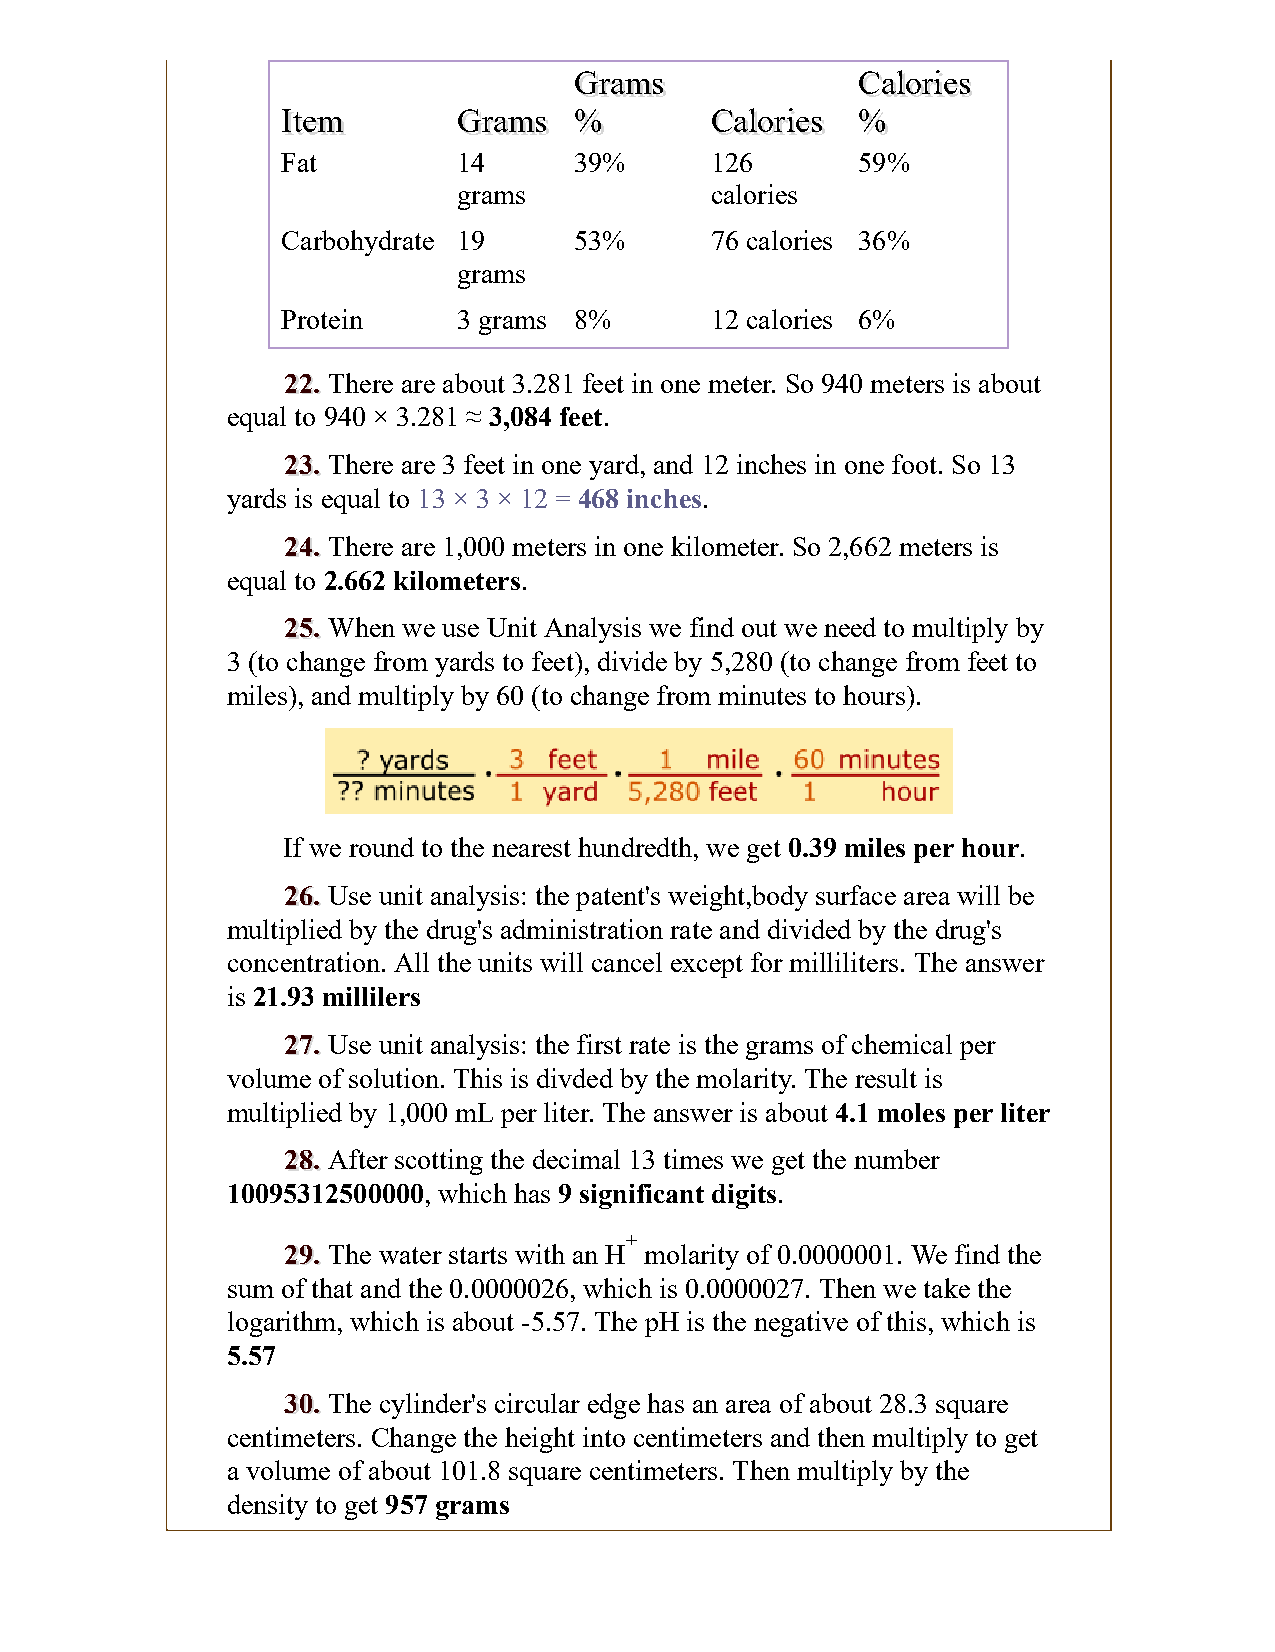
GGrraammss         CCaalloorriieess
 IItteemm   GGrraammss %%    CCaalloorriieess %%
 Fat        14      39%      126       59%
 grams            calories
 Carbohydrate 19    53%      76 calories 36%
 grams
 Protein    3 grams 8%       12 calories 6%
 2222.. There are about 3.281 feet in one meter. So 940 meters is about
 equal to 940 × 3.281 ≈ 3,084 feet.
 2233.. There are 3 feet in one yard, and 12 inches in one foot. So 13
 yards is equal to 13 × 3 × 12 = 468 inches.
 2244.. There are 1,000 meters in one kilometer. So 2,662 meters is
 equal to 2.662 kilometers.
 2255.. When we use Unit Analysis we find out we need to multiply by
 3 (to change from yards to feet), divide by 5,280 (to change from feet to
 miles), and multiply by 60 (to change from minutes to hours).
 If we round to the nearest hundredth, we get 0.39 miles per hour.
 2266.. Use unit analysis: the patent's weight,body surface area will be
 multiplied by the drug's administration rate and divided by the drug's
 concentration. All the units will cancel except for milliliters. The answer
 is 21.93 millilers
 2277.. Use unit analysis: the first rate is the grams of chemical per
 volume of solution. This is divded by the molarity. The result is
 multiplied by 1,000 mL per liter. The answer is about 4.1 moles per liter
 2288.. After scotting the decimal 13 times we get the number
 10095312500000, which has 9 significant digits.
 +
 2299.. The water starts with an H molarity of 0.0000001. We find the
 sum of that and the 0.0000026, which is 0.0000027. Then we take the
 logarithm, which is about -5.57. The pH is the negative of this, which is
 5.57
 3300.. The cylinder's circular edge has an area of about 28.3 square
 centimeters. Change the height into centimeters and then multiply to get
 a volume of about 101.8 square centimeters. Then multiply by the
 density to get 957 grams